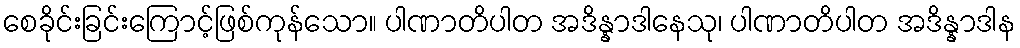
စေခိုင်းခြင်းကြောင့်ဖြစ်ကုန်သော။ ပါဏာတိပါတ အဒိန္နာဒါနေသု၊ ပါဏာတိပါတ အဒိန္နာဒါန